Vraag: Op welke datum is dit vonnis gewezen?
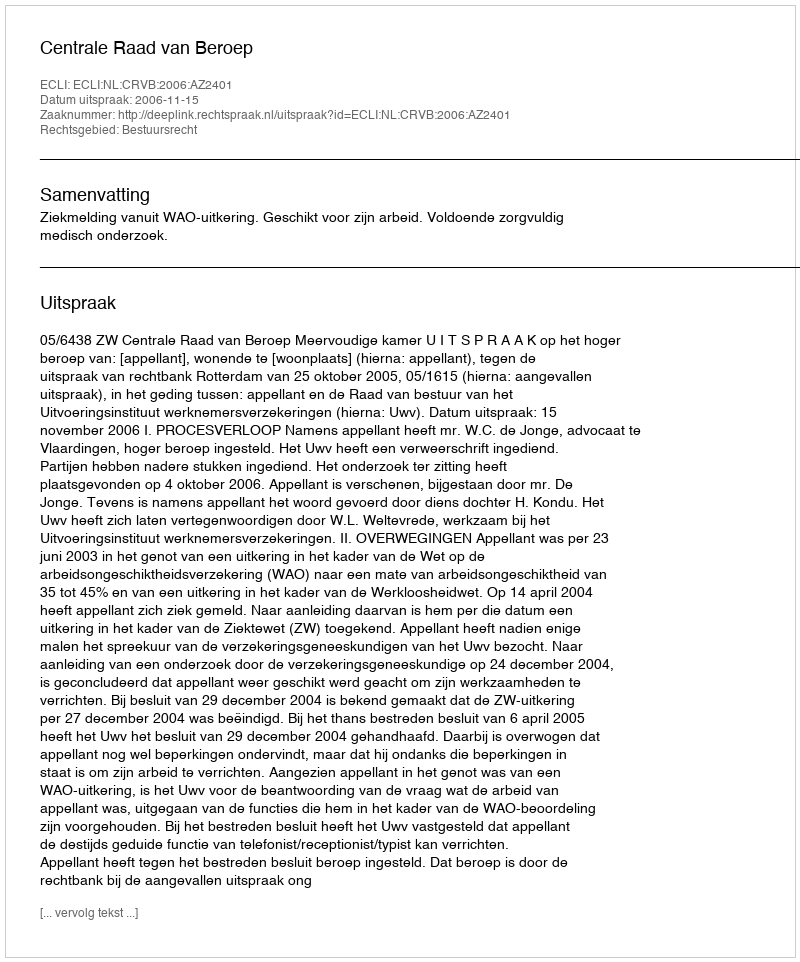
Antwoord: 2006-11-15